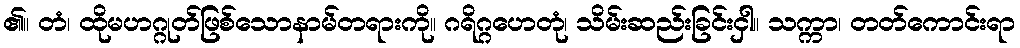
၏။ တံ၊ ထိုမဟဂ္ဂုတ်ဖြစ်သောနာမ်တရားကို။ ဂရိဂ္ဂဟေတုံ၊ သိမ်းဆည်းခြင်းငှါ။ သက္ကာ၊ တတ်ကောင်းရာ